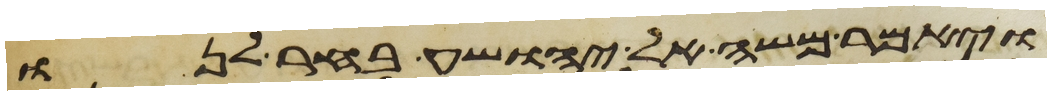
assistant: ויאמר משה ליהושע בחר לנו